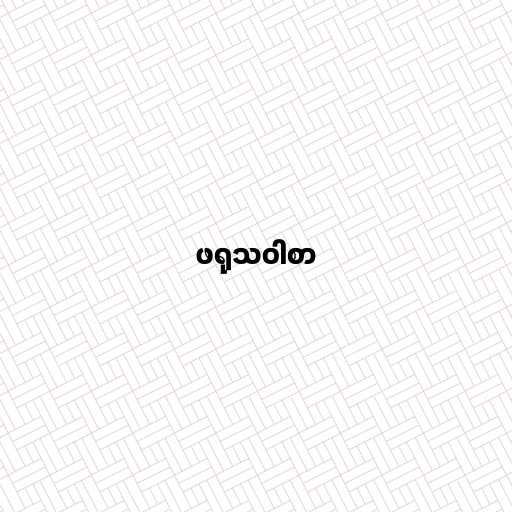
ဖရုသဝါစာ